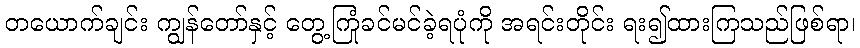
တယောက်ချင်း ကျွန်တော်နှင့် တွေ့ကြုံခင်မင်ခဲ့ရပုံကို အရင်းတိုင်း ရး၍ထားကြသည်ဖြစ်ရာ၊